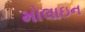
મોલાઇન